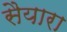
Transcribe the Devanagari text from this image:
सैयारा